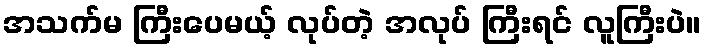
အသက်မ ကြီးပေမယ့် လုပ်တဲ့ အလုပ် ကြီးရင် လူကြီးပဲ။